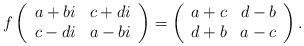
LaTeX: \begin{align*}f\left(\begin {array}{cc} a + b i & c + d i \\ c - d i & a - b i \end {array}\right) = \left(\begin {array}{cc} a + c & d - b \\ d + b & a - c\end {array}\right).\end{align*}